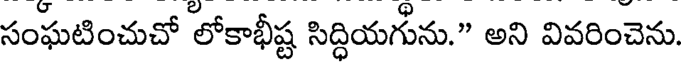
సంఘటించుచో లోకాభీష్ట సిద్ధియగును." అని వివరించెను.